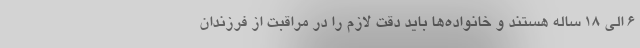
۶ الی ۱۸ ساله هستند و خانواده‌ها باید دقت لازم را در مراقبت از فرزندان